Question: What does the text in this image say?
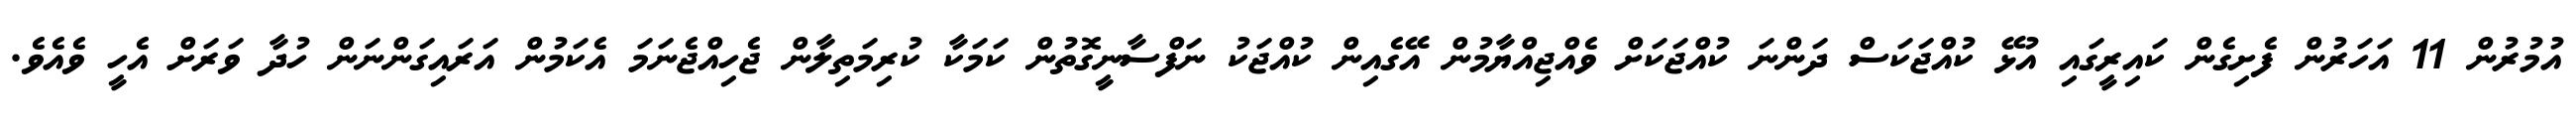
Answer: އުމުރުން 11 އަހަރުން ފެށިގެން ކައިރީގައި އުޅޭ ކުއްޖަކަސް ދަންނަ ކުއްޖަކަށް ވެއްޖިއްޔާމުން އޭގެއިން ކުއްޖަކު ނަފްސާނީގޮތުން ކަމަކާ ކުރިމަތިލާން ޖެހިއްޖެނަމަ އެކަމުން އަރައިގަންނަން ހުދާ ވަރަށް އެހީ ވެއެވެ.